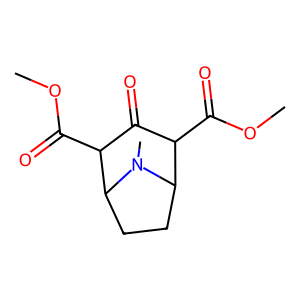
SMILES: COC(=O)C1C(=O)C(C(=O)OC)C2CCC1N2C
Inhibits HIV replication: No